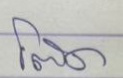
โต๊ด